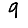
Digit: 9